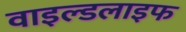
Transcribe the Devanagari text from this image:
वाइल्‍डलाइफ